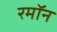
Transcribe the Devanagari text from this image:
रमॉन